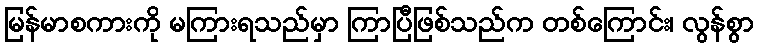
မြန်မာစကားကို မကြားရသည်မှာ ကြာပြီဖြစ်သည်က တစ်ကြောင်း၊ လွန်စွာ